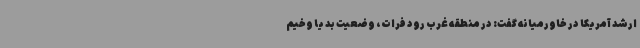
ارشد آمریکا در خاورمیانه گفت: در منطقه غرب رود فرات، وضعیت بد یا وخیم‌